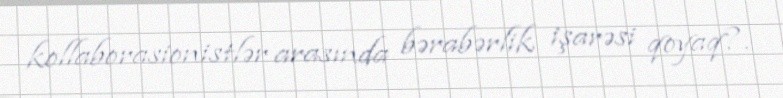
kollaborasionistlər arasında bərabərlik işarəsi qoyaq?.